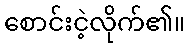
စောင်းငဲ့လိုက်၏။